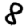
Digit: 8